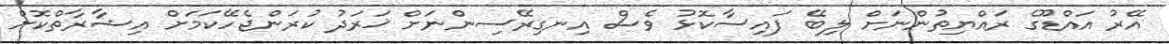
އޭރު އައްޑޫގެ ރައްޔިތުންނަށް ލިބޭ ފައިސާކޮޅު ވެސް އިނގިރޭސިންނަށް ޚަރަދު ކުރަންޖެހޭކަމަށް އިޝާރާތްކޮށް